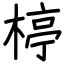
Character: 楟